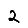
Digit: 2